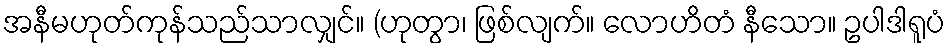
အနီမဟုတ်ကုန်သည်သာလျှင်။ (ဟုတွာ၊ ဖြစ်လျက်။ လောဟိတံ နီသော။ ဥပါဒါရူပံ